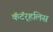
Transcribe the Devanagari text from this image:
कॅटॅर्‍हलिस